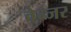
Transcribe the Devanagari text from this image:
वेन्जर